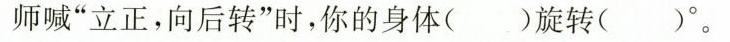
老师喊”立正，向后转”时，你的身体()旋转()°。